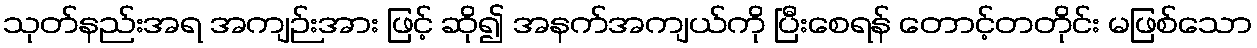
သုတ်နည်းအရ အကျဉ်းအား ဖြင့် ဆို၍ အနက်အကျယ်ကို ပြီးစေရန် တောင့်တတိုင်း မဖြစ်သော